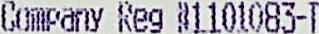
COMPANY REG #1101083-T